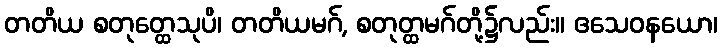
တတိယ စတုတ္ထေသုပိ၊ တတိယမဂ်, စတုတ္ထမဂ်တို့၌လည်း။ ဧသေဝနယော၊